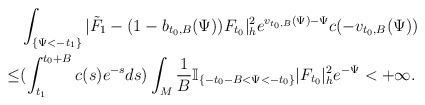
\begin{align*} & \int_{\{\Psi<-t_1\}}|\tilde{F}_1-(1-b_{t_0,B}(\Psi))F_{t_0}|^2_he^{v_{t_0,B}(\Psi)-\Psi}c(-v_{t_0,B}(\Psi)) \\ \le & (\int_{t_1}^{t_0+B}c(s)e^{-s}ds) \int_{M}\frac{1}{B}\mathbb{I}_{\{-t_0-B<\Psi<-t_0\}}|F_{t_0}|^2_he^{-\Psi}<+\infty. \end{align*}